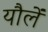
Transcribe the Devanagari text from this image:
यौलें